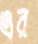
এর